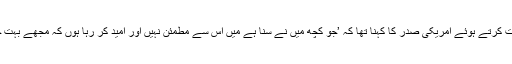
وائٹ ہاؤس میں صحافیوں سے بات کرتے ہوئے امریکی صدر کا کہنا تھا کہ ’جو کچھ میں نے سنا ہے میں اس سے مطمئن نہیں اور امید کر رہا ہوں کہ مجھے بہت جلد مزید معلومات حاصل ہوں گی۔